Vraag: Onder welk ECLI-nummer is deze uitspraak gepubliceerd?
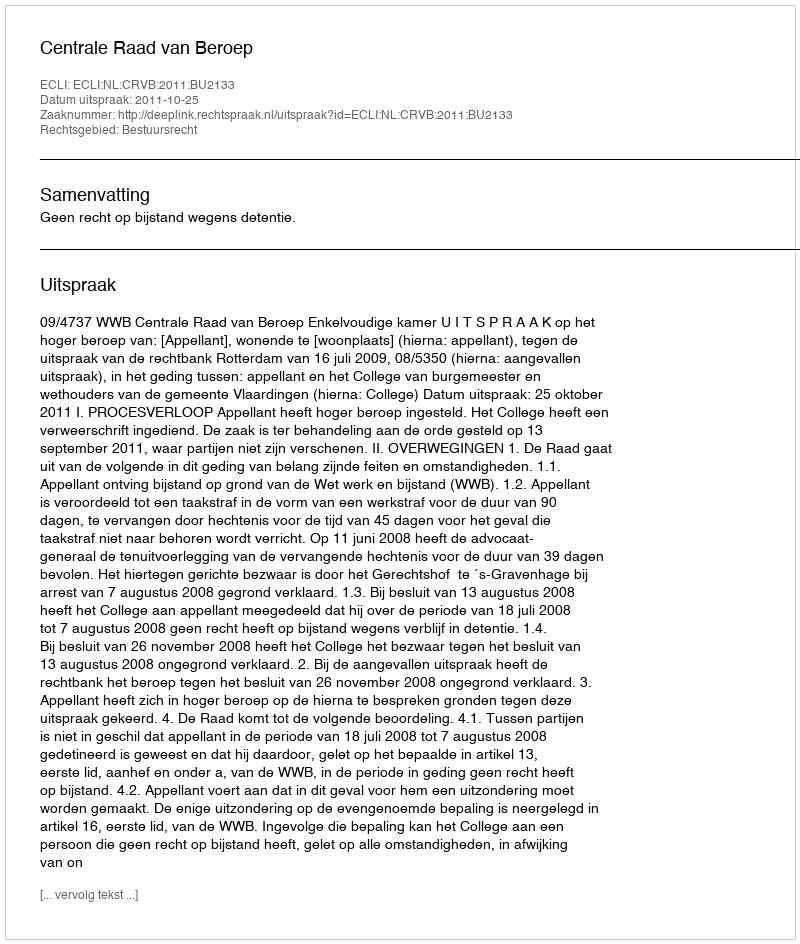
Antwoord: ECLI:NL:CRVB:2011:BU2133